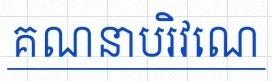
គណនាបរិវេណ